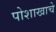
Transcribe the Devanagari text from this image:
पोशाखाचे